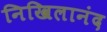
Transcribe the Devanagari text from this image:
निखिलानंद